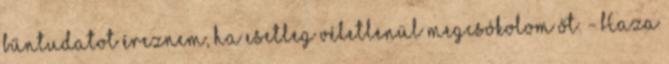
bűntudatot éreznem, ha esetleg véletlenül megcsókolom őt. - Haza